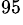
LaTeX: ^{95}